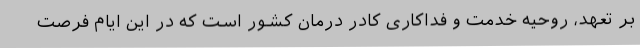
بر تعهد، روحیه خدمت و فداکاری کادر درمان کشور است که در این ایام فرصت